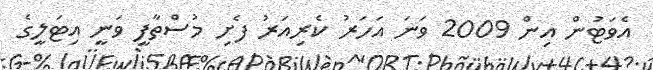
އެވަޓުން އިން 2009 ވަނަ އަހަރު ކެރިއަރު ފެށި މުސްތާފީ ވަނީ އިޓަލީގެ